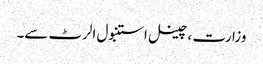
وزارت ، چینل استنبول الرٹ سے۔